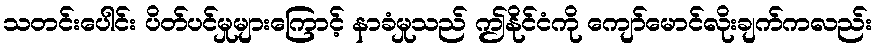
သတင်းပေါင်း ပိတ်ပင်မှုများကြောင့် နာခံမှုသည် ဤနိုင်ငံကို ကျော်မောင်လိုးချက်ကလည်း